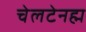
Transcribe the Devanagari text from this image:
चेलटेनह्म